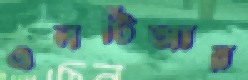
এলটিআর